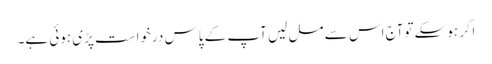
اگر ہوسکے توآج اس سے مل لیں آپ کے پاس درخواست پڑی ہوئی ہے۔